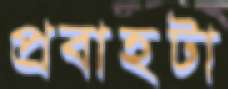
প্রবাহটা